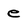
Character: e